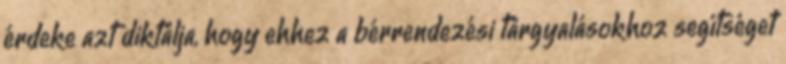
érdeke azt diktálja, hogy ehhez a bérrendezési tárgyalásokhoz segítséget